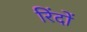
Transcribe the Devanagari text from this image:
रिंदों